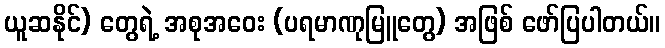
ယူဆနိုင်) တွေရဲ့ အစုအဝေး (ပရမာဏုမြူတွေ) အဖြစ် ဖော်ပြပါတယ်။